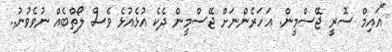
"އައިމް ސޮރީ ޖޭސްމީން. އަހަރެންނަށް ޖޭސްމީން ދެކެ އުޅެއުޅެ ވެސް ލޯތްބެއް ނުވެވުނު..